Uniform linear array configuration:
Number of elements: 8
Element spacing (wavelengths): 0.75
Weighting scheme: uniform
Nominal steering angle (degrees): -15
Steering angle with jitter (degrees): -16.52
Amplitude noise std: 0.05
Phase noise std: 0.05

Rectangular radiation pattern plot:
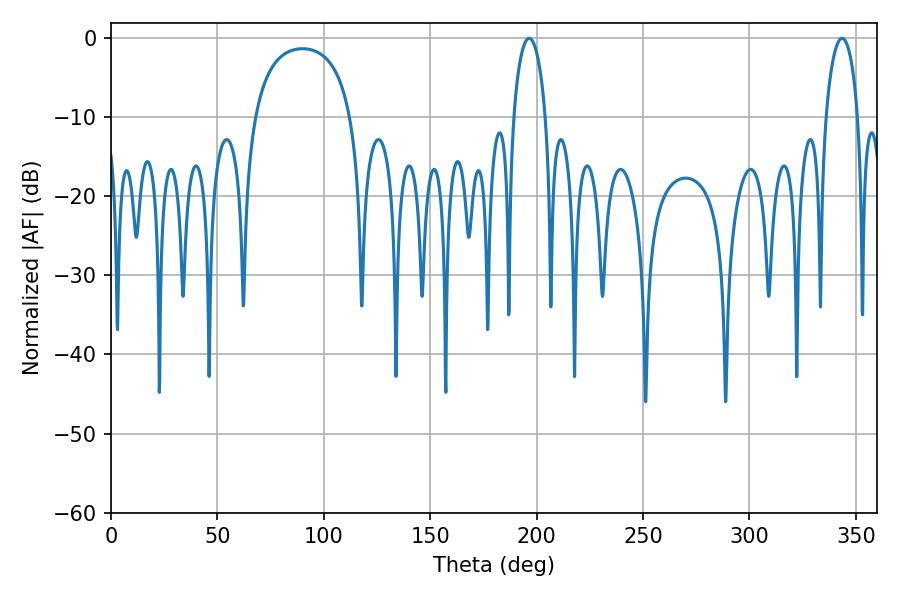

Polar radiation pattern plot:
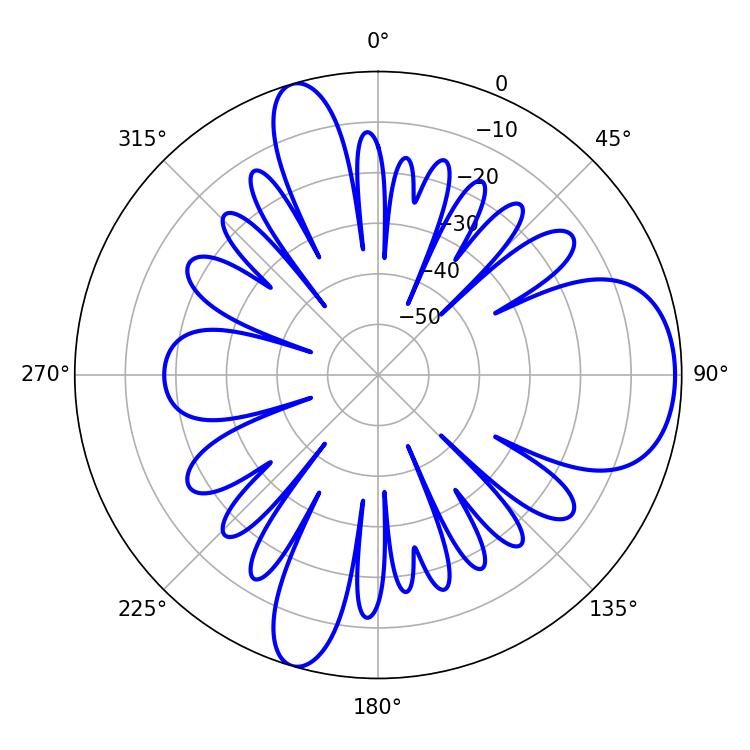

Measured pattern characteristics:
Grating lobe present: TRUE
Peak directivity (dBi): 8.303
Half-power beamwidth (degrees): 8.64
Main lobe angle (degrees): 196.56